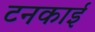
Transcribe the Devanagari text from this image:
टनकाई